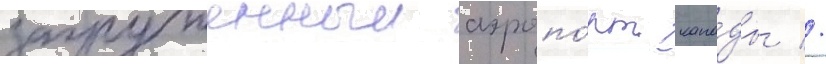
загруженныи аэропо́рт кана́ды //